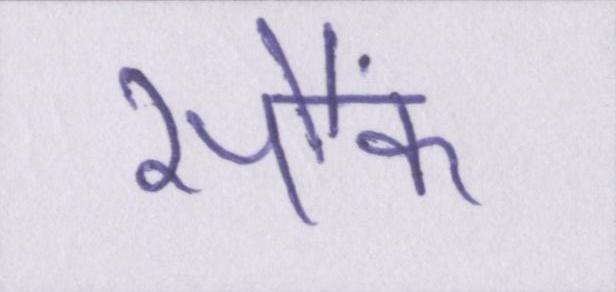
सौंफ